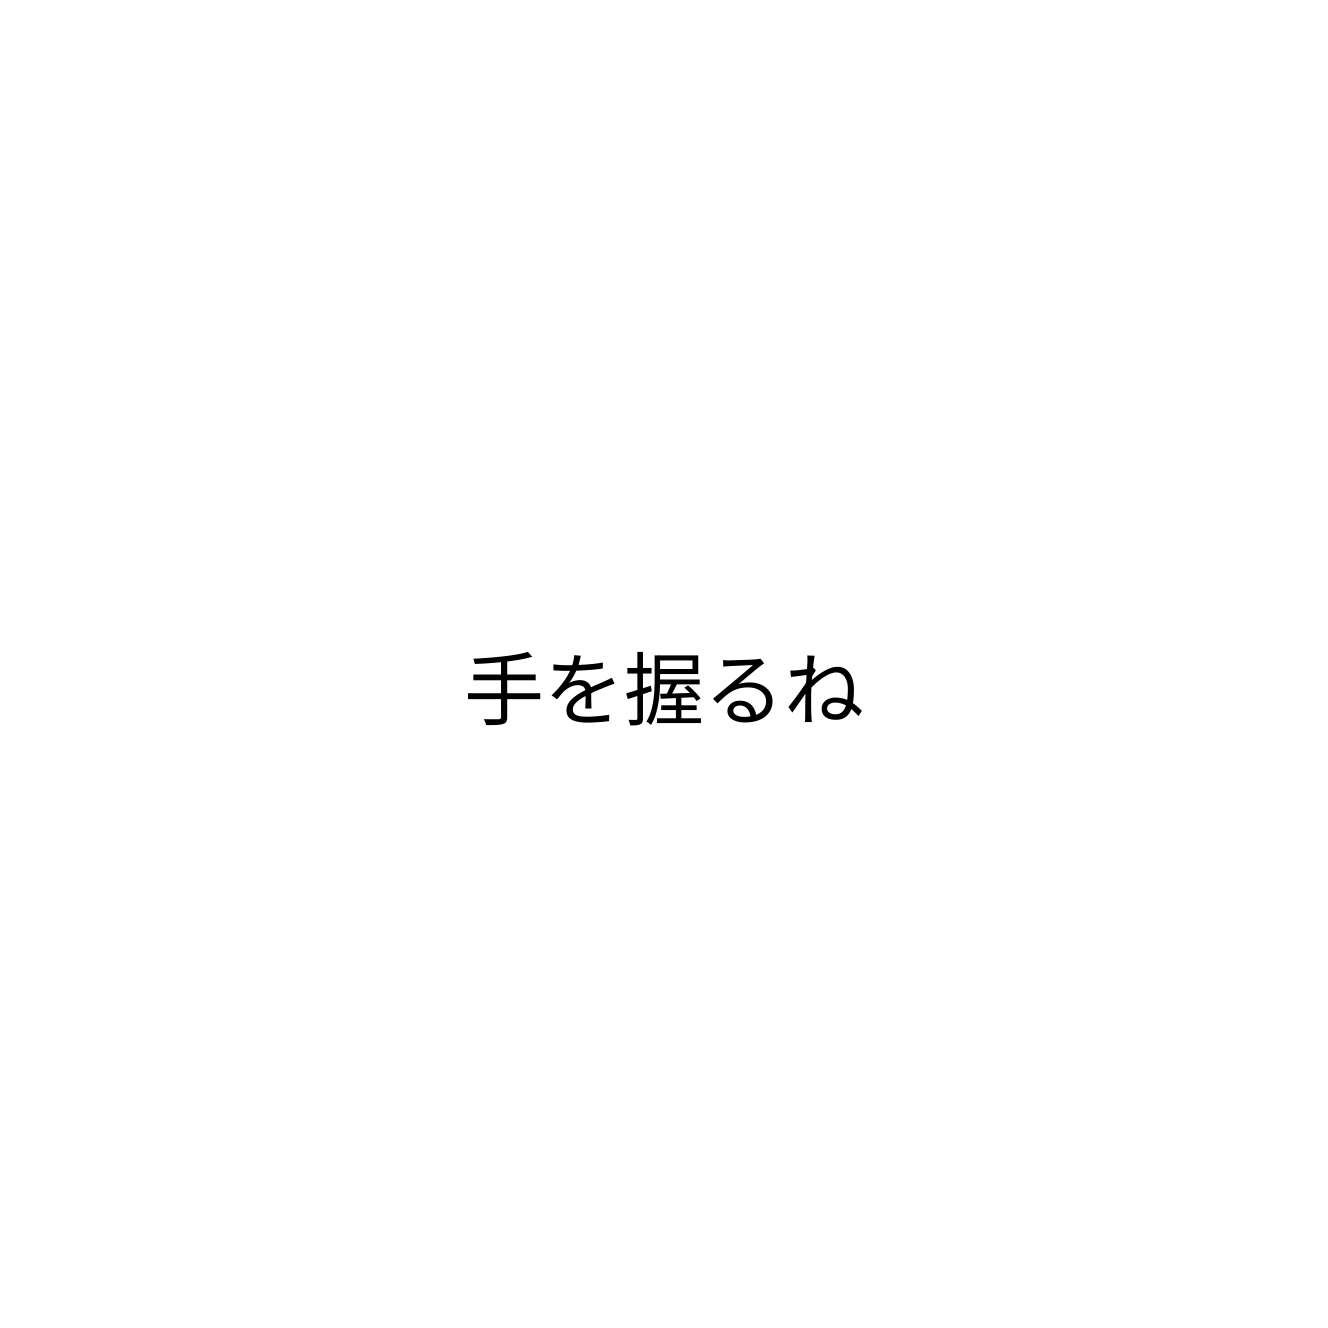
手を握るね